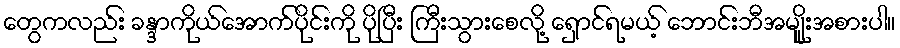
တွေကလည်း ခန္ဒာကိုယ်အောက်ပိုင်းကို ပိုပြီး ကြီးသွားစေလို့ ရှောင်ရမယ့် ဘောင်းဘီအမျိူးအစားပါ။